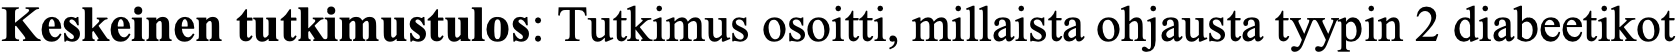
Keskeinen tutkimustulos: Tutkimus osoitti, millaista ohjausta tyypin 2 diabeetikot